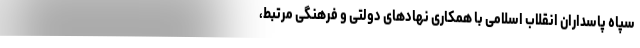
سپاه پاسداران انقلاب اسلامی با همکاری نهادهای دولتی و فرهنگی مرتبط،